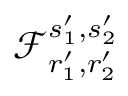
\mathcal { F } _ { r _ { 1 } ^ { \prime } , r _ { 2 } ^ { \prime } } ^ { s _ { 1 } ^ { \prime } , s _ { 2 } ^ { \prime } }